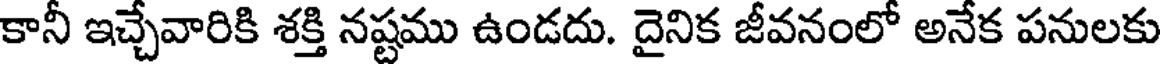
కానీ ఇచ్చేవారికి శక్తి నష్టము ఉండదు. దైనిక జీవనంలో అనేక పనులకు